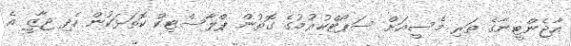
އާޖެންޓީނާގެ ތަރި މެސީއަށް ސަޕޯޓްކުރުމުގެ ގޮތުން ޕްލާސްޓިކް ކޮތަޅަކުން ހެދި ޖާޒީ އެ